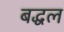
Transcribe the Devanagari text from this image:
बद्धल